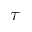
\tau